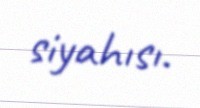
siyahısı.